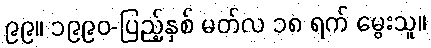
၉၉။ ၁၉၉၀-ပြည့်နှစ် မတ်လ ၁၈ ရက် မွေးသူ။